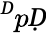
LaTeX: ^ḊpḌ